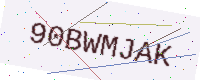
Text: 90BWMJAK